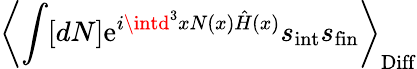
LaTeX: \left\langle\int[dN]\mathrm{e}^{i\intd^{3}xN(x){\hat{{H}}}(x)}s_{\mathrm{{int}}}s_{\mathrm{{fin}}}\right\rangle_{\mathrm{{Diff}}}